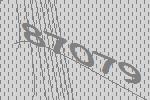
87079